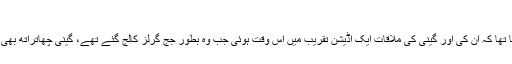
کپل شرما کو رشتہ دینے سے انکار
قبل ازیں شادی کا اعلان کرتے ہوئے کپل شرما نے انکشاف کیا تھا کہ اُن کی اور گینی کی ملاقات ایک آڈیشن تقریب میں اُس وقت ہوئی جب وہ بطور جج گرلز کالج گئے تھے، گینی چھاتراتھ بھی اُن لڑکیوں میں تھیں جو انڈسٹری میں آنے کی خواہش مند تھیں۔